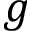
g